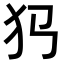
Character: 𤜛